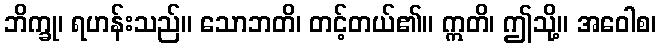
ဘိက္ခု၊ ရဟန်းသည်။ သောဘတိ၊ တင့်တယ်၏။ ဣတိ၊ ဤသို့။ အဝေါစ၊